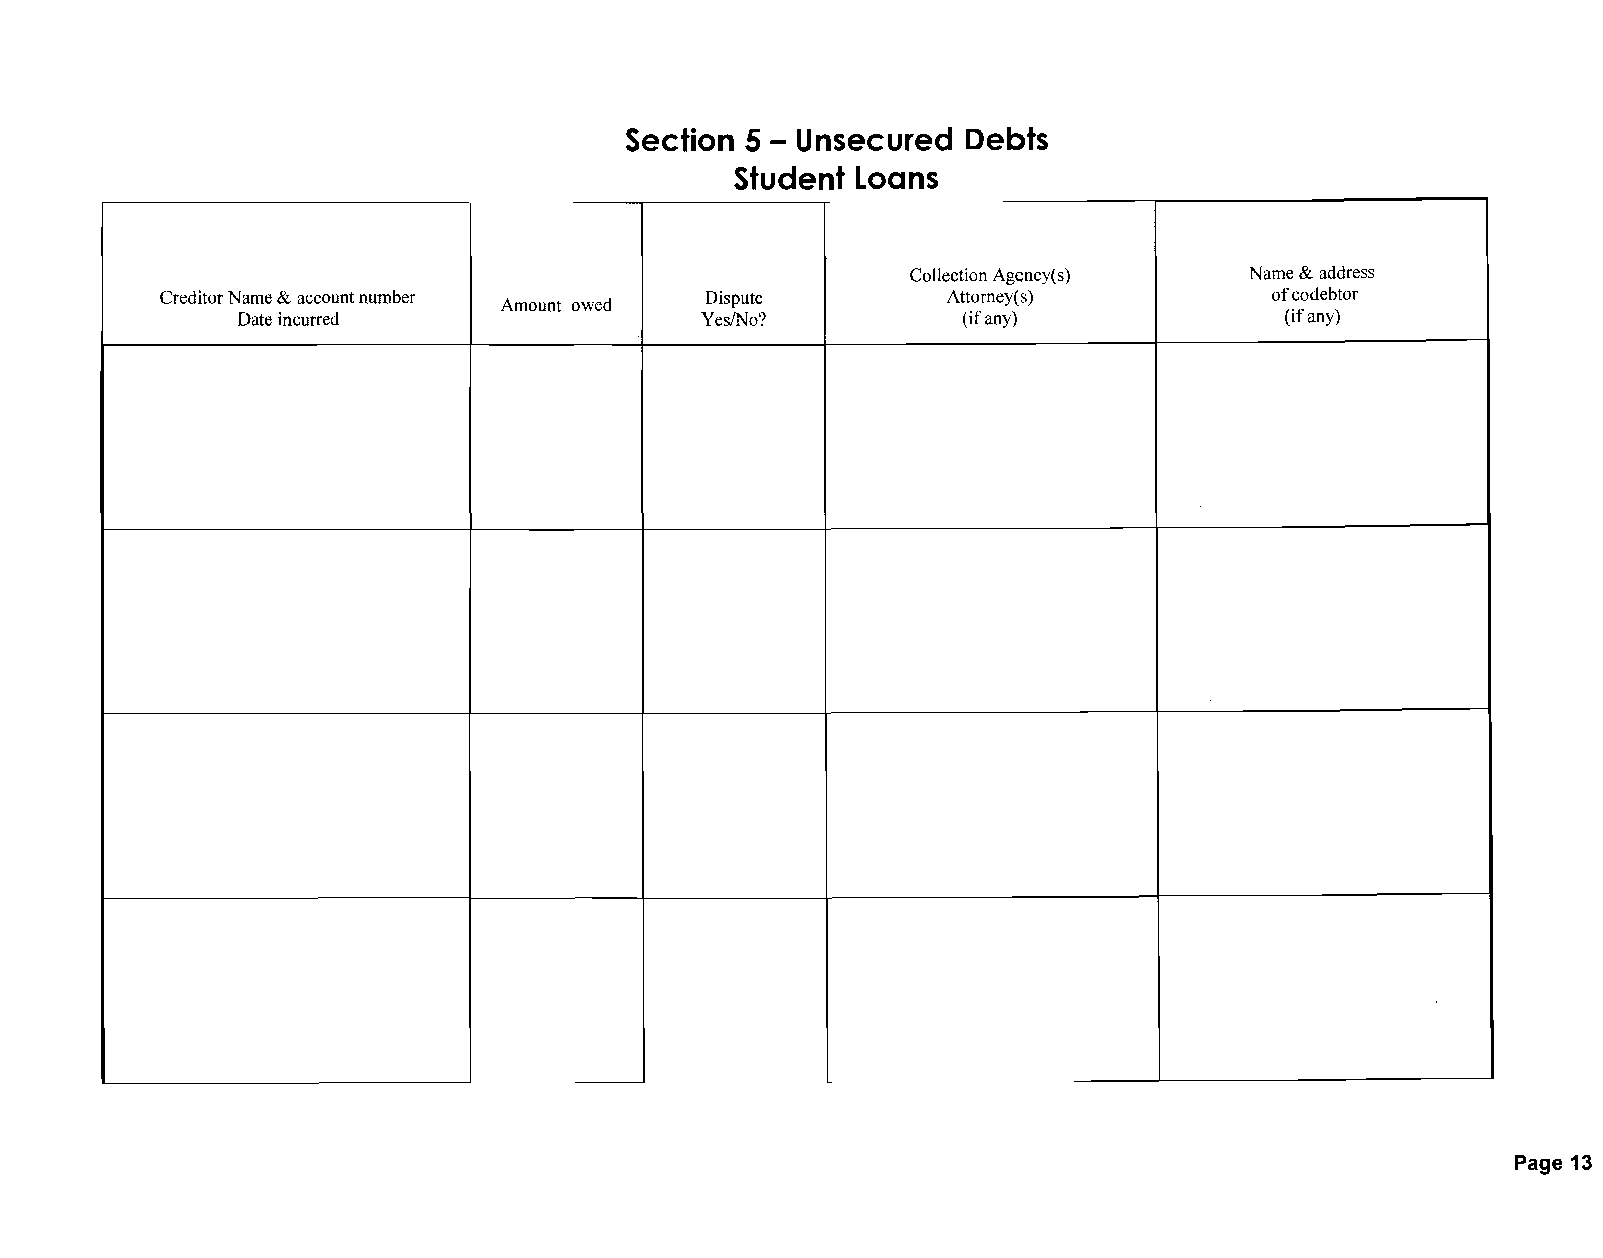
Section 5 - Unsecured  Debts
 Student Loans
 Collection Agency(s)   Name & address
 Creditor Name & account number      Dispute         Attorney(s)          of codebtor
 Amount owed
 Date incurred                 YesINo?           (if any)             (if any)
 Page 13